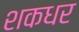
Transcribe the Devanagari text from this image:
शकधर